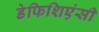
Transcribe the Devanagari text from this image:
डेफिशिएंसी